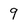
Character: 9